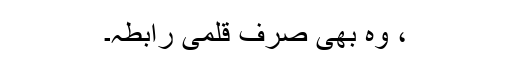
، وہ بھی صرف قلمی رابطہ۔